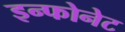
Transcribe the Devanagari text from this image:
इन्फोनेट